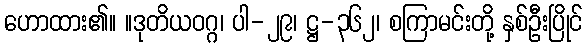
ဟောထား၏။ ။ဒုတိယဝဂ္ဂ၊ ပါ-၂၉၊ ဋ္ဌ-၃၆၂၊ စကြာမင်းတို့ နှစ်ဦးပြိုင်